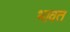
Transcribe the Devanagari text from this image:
भावत